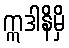
ဣဒါနိမှိ